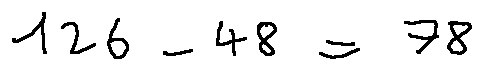
1 2 6 - 4 8 = 7 8